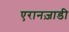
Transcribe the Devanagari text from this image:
एरानज़ाडी